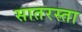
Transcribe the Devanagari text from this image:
सातरस्ता